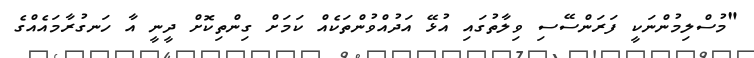
"މުސްލިމުންނަކީ ފަރަންސޭސި ވިލާތުގައި އުޅޭ އަދުއްވުންތަކެއް ކަމަށް ގިންތިކޮށް ދީނީ އާ ހަނގުރާމައެއްގެ